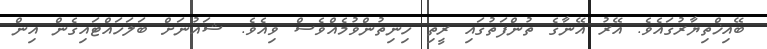
ބޭއިޚްތިޔާރުގައެވެ. އޭރު އޭނާގެ ތުންފަތުގައި ރީތި ހިނިތުންވުމެއްވެސް ވިއެވެ. ޝައުނަށް ބަލަހައްޓައިގެން އިން